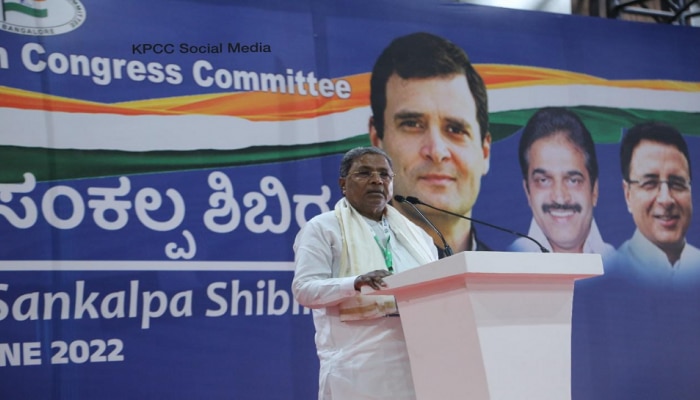
Language: kannada
Transcription: ಸಂಕಲ್ಪ